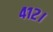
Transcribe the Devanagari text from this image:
४१२।